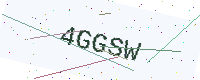
Text: 4GGSW